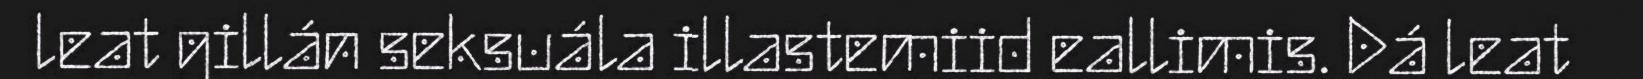
leat gillán seksuála illastemiid eallimis. Dá leat